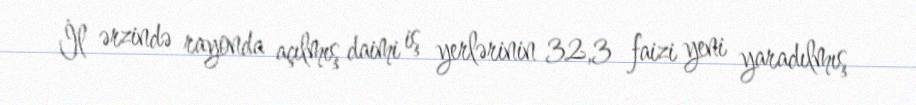
İl ərzində rayonda açılmış daimi iş yerlərinin 32,3 faizi yeni yaradılmış